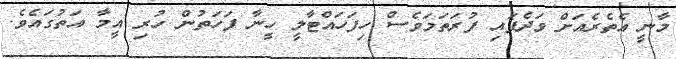
މާނީ އެތެރެއަށް ވަދެފައި ފުރަތަމަވެސް ހިފަހައްޓާލީ ހީނާ ފަހަތުން ހުރި އީމާ އަތުގައެވެ.